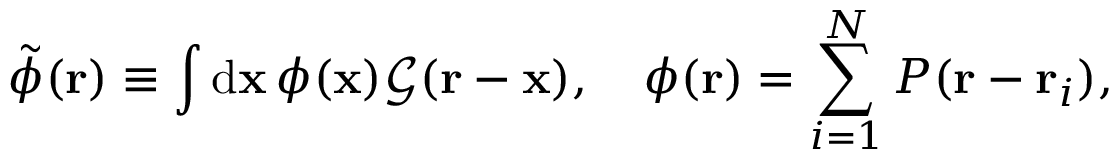
\tilde { \phi } ( \mathbf { r } ) \equiv \int \mathrm { d } \mathbf { x } \, \phi ( \mathbf { x } ) \mathcal { G } ( \mathbf { r } - \mathbf { x } ) , \quad \phi ( \mathbf { r } ) = \sum _ { i = 1 } ^ { N } P ( \mathbf { r } - \mathbf { r } _ { i } ) ,